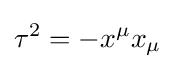
\tau ^{2}=-x^{\mu }x_{\mu }